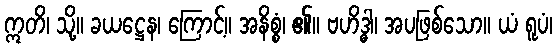
ဣတိ၊ သို့။ ခယဋ္ဌေန၊ ကြောင့်။ အနိစ္စံ၊ ၏။ ဗဟိဒ္ဓါ၊ အပဖြစ်သော။ ယံ ရူပံ၊